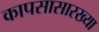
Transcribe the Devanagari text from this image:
कापसासारख्या